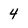
Character: 4